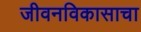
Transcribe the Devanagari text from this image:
जीवनविकासाचा